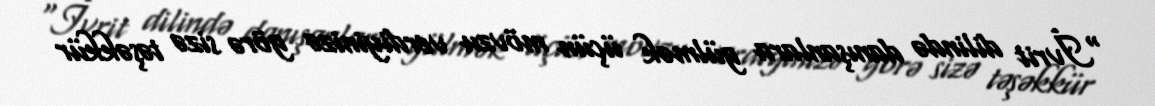
“İvrit dilində danışanlara gülmək üçün mövzu verdiyinizə görə sizə təşəkkür